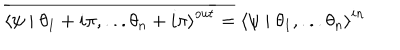
\overline { { { \left\langle \psi \mid \theta _ { 1 } + i \pi , . . . \theta _ { n } + i \pi \right\rangle ^ { o u t } } } } = \left\langle \psi \mid \theta _ { 1 } , . . . \theta _ { n } \right\rangle ^ { i n }